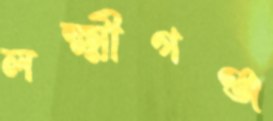
লক্ষ্মীগঞ্জ